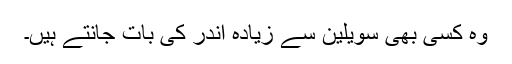
وہ کسی بھی سویلین سے زیادہ اندر کی بات جانتے ہیں۔